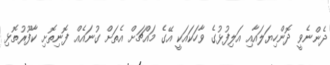
ދެންނެވީ ދޮންހިޔަލައާއި އަލިފުޅުގެ ވާހަކައަކީ އޭގެ މައްޗަށް އެތަށް ގުނައެއް ފޮނިތޮށި ކާފޫރުތޮޅި